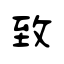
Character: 致